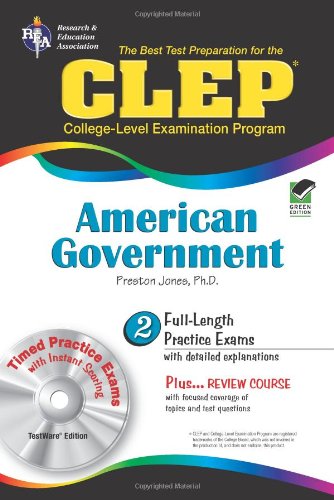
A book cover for CLEP American Government w/ CD-ROM (CLEP Test Preparation); Dr. Preston Jones Ph.D.; Test Preparation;